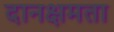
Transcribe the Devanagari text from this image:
दानक्षमता